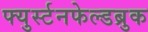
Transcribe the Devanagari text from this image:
फ्युर्स्टनफेल्डब्रुक